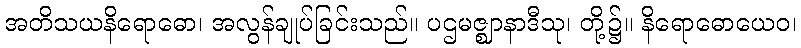
အတိသယနိရောဓော၊ အလွန်ချုပ်ခြင်းသည်။ ပဌမဇ္ဈာနာဒီသု၊ တို့၌။ နိရောဓောယေဝ၊